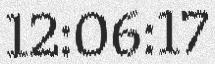
12:06:17